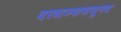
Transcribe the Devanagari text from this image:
दरवाज्यापासूनच